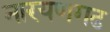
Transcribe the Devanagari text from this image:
नारयणगढ